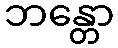
ဘန္တော